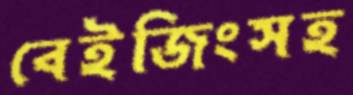
বেইজিংসহ